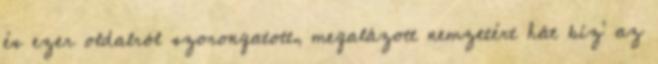
és ezer oldalról szorongatott, megalázott nemzetért hát bíz’ az